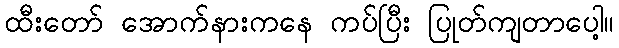
ထီးတော် အောက်နားကနေ ကပ်ပြီး ပြုတ်ကျတာပေါ့။